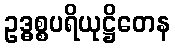
ဥဒ္ဓစ္စပရိယုဋ္ဌိတေန